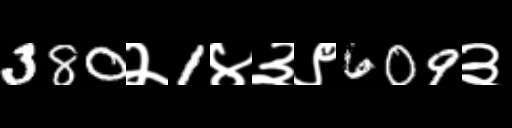
Text: 380२1४३९609३